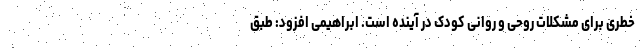
خطری برای مشکلات روحی و روانی کودک در آینده است. ابراهیمی افزود: طبق